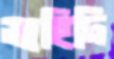
ভাহিদি